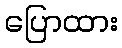
ပြောထား